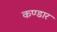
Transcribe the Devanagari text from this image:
कण्डार